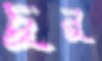
চুনু